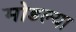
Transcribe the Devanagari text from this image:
मोडल्या